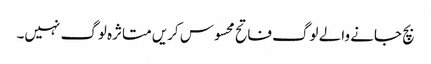
بچ جانے والے لوگ فاتح محسوس کریں متاثرہ لوگ نہیں۔